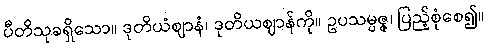
ပီတိသုခရှိသော။ ဒုတိယံဈာနံ၊ ဒုတိယဈာန်ကို။ ဥပသမ္ပဇ္ဇ၊ ပြည့်စုံစေ၍။